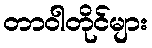
တာဝါတိုင်များ